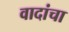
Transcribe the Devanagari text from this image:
वादांचा